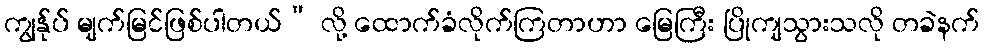
ကျွန်ုပ် မျက်မြင်ဖြစ်ပါတယ်” လို့ ထောက်ခံလိုက်ကြတာဟာ မြေကြီး ပြိုကျသွားသလို တခဲနက်